Annual administration report of the Civil Veterinary Department of India - 1904-1905
Year: 1904
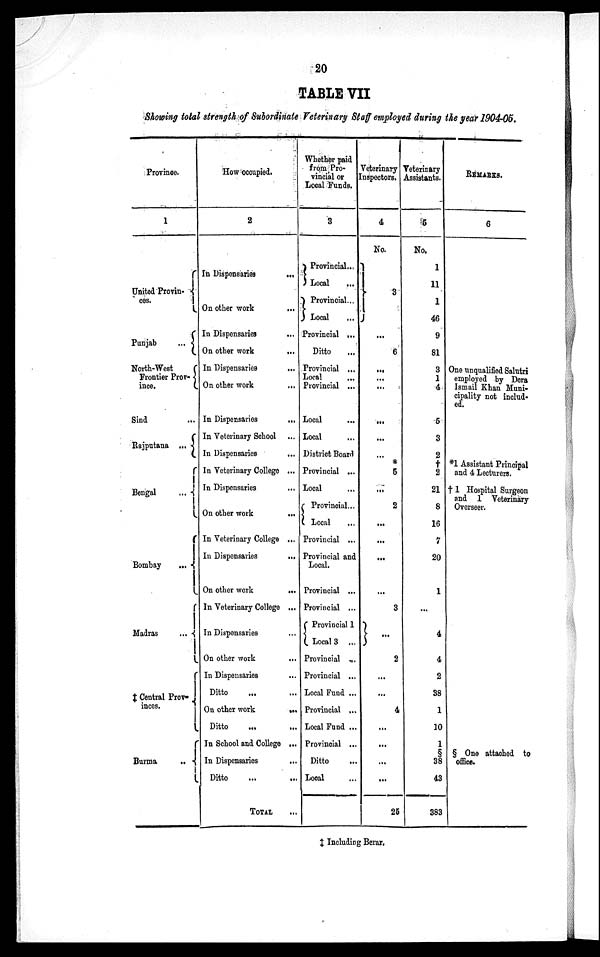
20
TABLE VII
Showing total strength of Subordinate Veterinary Staff employed during the year 1904-05.
Province.
1
United Provin- {
ces.
Punjab
... {
North-West
Frontier Prov- {
ince.
Sind ...
Rajputana ... {
Bengal
... {
Bombay
... {
Madras
... {
‡ Central Prov- {
inces.
Burma
... {
How occupied.
2
In Dispensaries
...
On other work
...
In Dispensaries ...
On other work
...
In Dispensaries
...
On other work
...
In Dispensaries
...
In Veterinary School
In Dispensaries ...
In Veterinary College ...
In Dispensaries
On other work ...
In Veterinary College ...
In Dispensaries
...
On other work
...
In Veterinary College ...
In Dispensaries ...
On other work
...
In Dispensaries
Ditto
On other work
Ditto
...
...
In School and College ...
In Dispensaries ...
Ditto ... ...
TOTAL ...
Whether paid
from Pro-
vincial or
Local Funds.
3
}Provincial..
Local
...
}Provincial...
Local ...
Provincial ...
Ditto ...
Provincial ...
Local
Provincial ...
Local
Local
District Board
Provincial ...
Local
{ Provincial...
Local
Provincial ...
Provincial and
Local.
Provincial ...
Provincial ...
{ Provincial 1
Local 3 ...
Provincial ...
Provincial ...
Local Fund ...
Provincial ...
Local Fund ...
Provincial ...
Ditto ...
Local ...
Veterinary
Inspectors.
4
No.
}
3
...
6
...
...
...
...
...
...
*
5
...
2
...
...
...
...
3
...
2
...
...
4
...
...
...
...
25
Veterinary
Assistants.
5
No.
1
11
1
46
9
81
3
1
4
5
3
2
†
2
21
8
16
7
20
1
...
4
4
2
38
1
10
1
§
38
43
383
REMARKS.
6
One unqualified Salutri
employed by Dera
Ismail Khan Muni-
cipality not includ-
ed.
*1 Assistant Principal
and 4 Lecturers.
† 1 Hospital Surgeon
and 1 Veterinary
Overseer.
§ One attached to
office.
‡ Including Berar.